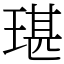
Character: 㻣